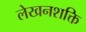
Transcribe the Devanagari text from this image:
लेखनशक्ति